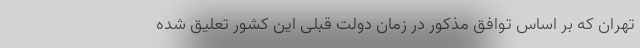
تهران که بر اساس توافق مذکور در زمان دولت قبلی این کشور تعلیق شده